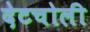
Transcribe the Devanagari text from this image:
देटचोली